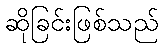
ဆိုခြင်းဖြစ်သည်